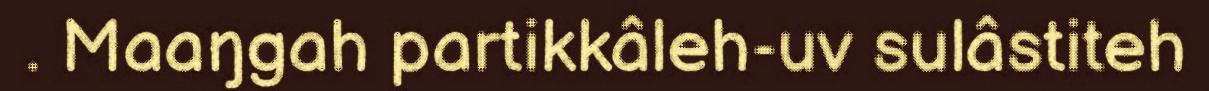
. Maaŋgah partikkâleh-uv sulâstiteh